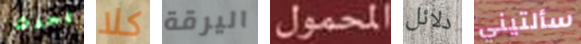
يحدث كلا اليرقة المحمول دلائل سألتيني